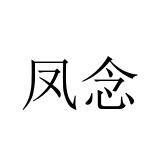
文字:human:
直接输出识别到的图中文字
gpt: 凤念